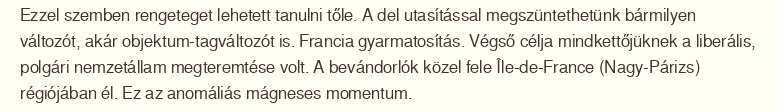
Ezzel szemben rengeteget lehetett tanulni tőle. A del utasítással megszüntethetünk bármilyen változót, akár objektum-tagváltozót is. Francia gyarmatosítás. Végső célja mindkettőjüknek a liberális, polgári nemzetállam megteremtése volt. A bevándorlók közel fele Île-de-France (Nagy-Párizs) régiójában él. Ez az anomáliás mágneses momentum.